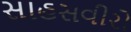
સાહસવીરો